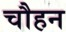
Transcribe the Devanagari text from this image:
चौहन